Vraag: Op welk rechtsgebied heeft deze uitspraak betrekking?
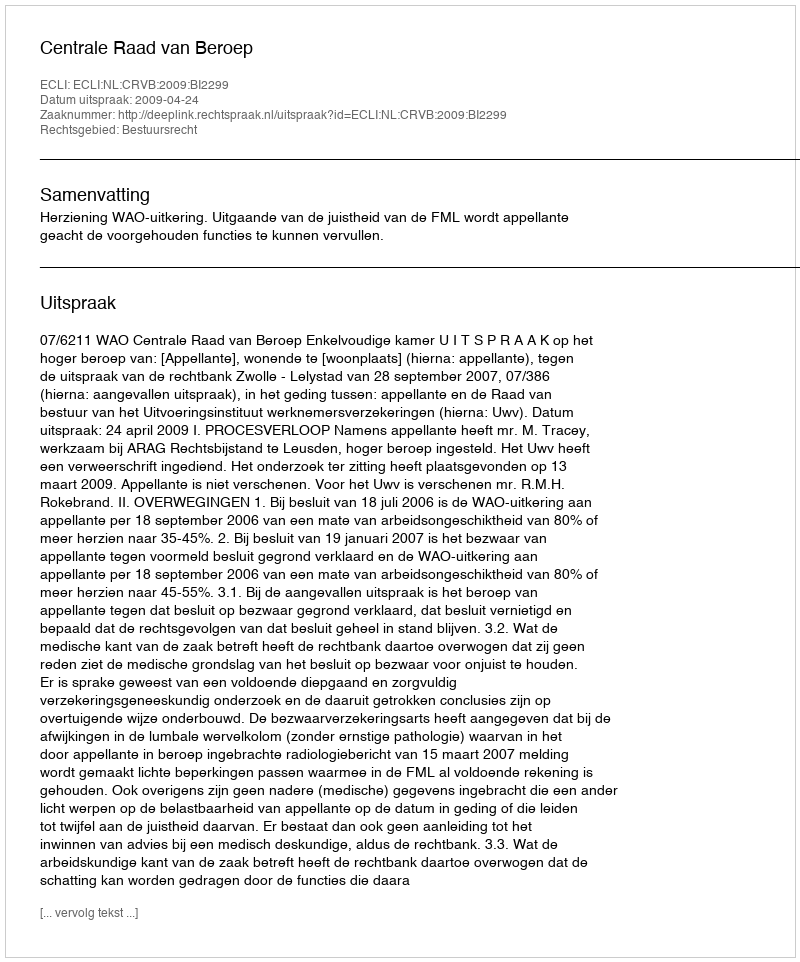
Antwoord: Bestuursrecht